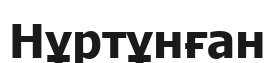
Нұртұнған